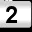
Digit: 2